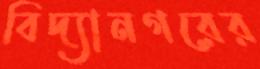
বিদ্যানগরের